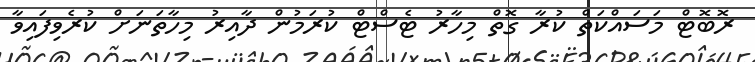
ރޮބޮޓް މަސައްކަތް ކުރާ ގޮތް މިހާރު ޓެސްޓް ކުރަމުން ދާއިރު މިހާތަނަށް ކުރެވިފައިވާ